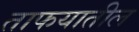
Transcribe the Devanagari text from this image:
ताफयातील